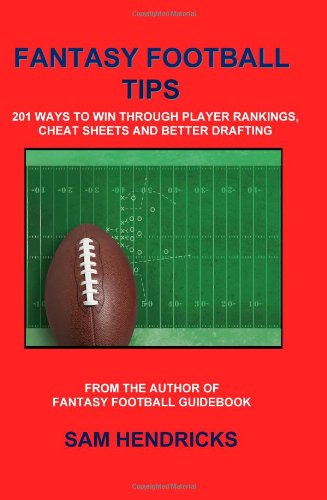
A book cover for Fantasy Football Tips: 201 Ways to Win Through Player Rankings, Cheat Sheets and Better Drafting; Sam Hendricks; Humor & Entertainment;